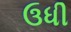
ઉધી